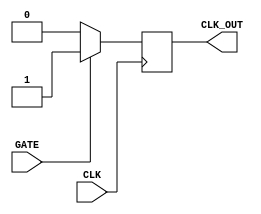
module clock_gating_buffer (
    input wire CLK,        // Primary clock input
    input wire GATE,      // Clock gating enable signal
    output reg CLK_OUT     // Gated clock output
);

    // Internal signal to hold the gated clock
    reg gated_clk;

    // Always block to handle clock gating
    always @(posedge CLK) begin
        if (GATE) begin
            // When GATE is high, pass the clock through
            CLK_OUT <= 1'b1; // Set output high on clock edge
        end else begin
            // When GATE is low, hold the output low
            CLK_OUT <= 1'b0; // Set output low
        end
    end

    // Additional logic to ensure proper clock gating
    always @(negedge CLK) begin
        if (GATE) begin
            // On falling edge of CLK, maintain the state of CLK_OUT
            // This is to avoid glitches and ensure proper toggling
            gated_clk <= CLK_OUT;
        end
    end

endmodule